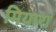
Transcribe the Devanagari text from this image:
मियारा